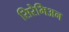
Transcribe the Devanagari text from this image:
सिरेमिअन